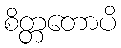
စိတ္တတောပိ